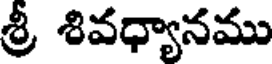
శ్రీ శివధ్యానము